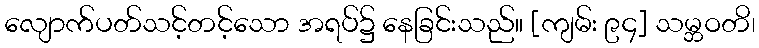
လျောက်ပတ်သင့်တင့်သော အရပ်၌ နေခြင်းသည်။ [ကျမ်း ၉၄] သမ္ဘဝတိ၊